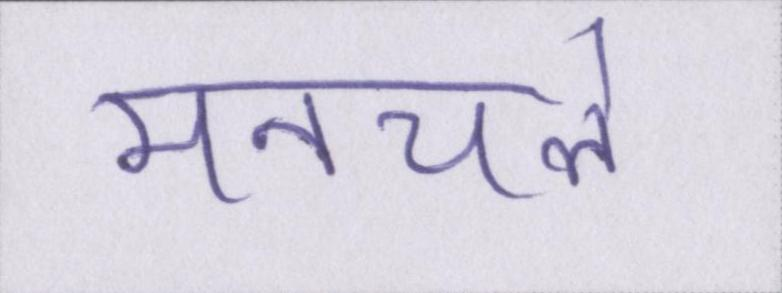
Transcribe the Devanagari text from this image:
मनचले